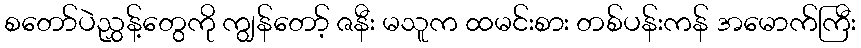
စတော်ပဲညွှန့်တွေကို ကျွန်တော့် ဇနီး မသူက ထမင်းစား တစ်ပန်းကန် အမောက်ကြီး